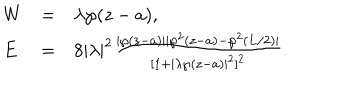
\left. \begin{array} { l l l } { { W } } & { { = } } & { { \lambda \wp ( z - a ) , } } \\ { { E } } & { { = } } & { { 8 | \lambda | ^ { 2 } \frac { | \wp ( z - a ) | | \wp ^ { 2 } ( z - a ) - \wp ^ { 2 } ( L / 2 ) | } { [ 1 + | \lambda \wp ( z - a ) | ^ { 2 } ] ^ { 2 } } . } } \\ \end{array} \right.